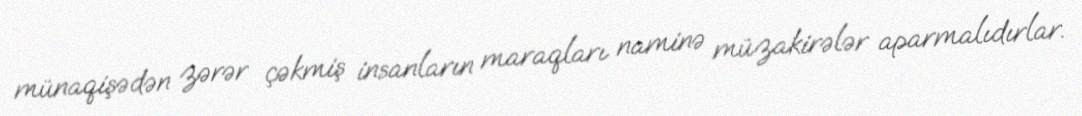
münaqişədən zərər çəkmiş insanların maraqları naminə müzakirələr aparmalıdırlar.